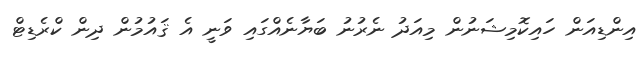
އިންޑިއަން ހައިކޮމިޝަނުން މިއަދު ނެރުނު ބަޔާނެއްގައި ވަނީ އެ ޤައުމުން ދިން ކްރެޑިޓް